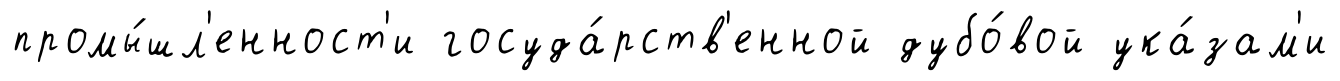
промы́шл'енност'и госуда́рств'енной дубо́вой ука́зам'и